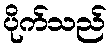
ပိုက်သည်